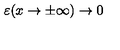
\varepsilon ( x \rightarrow \pm \infty ) \rightarrow 0